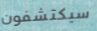
سيكتشفون